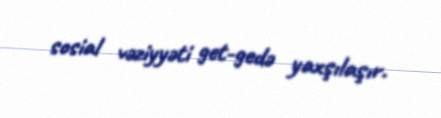
sosial vəziyyəti get-gedə yaxşılaşır.